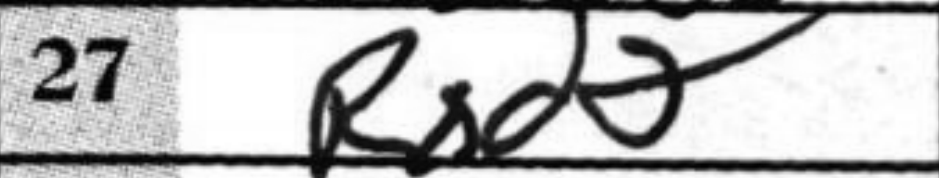
Transcription: Rxd2